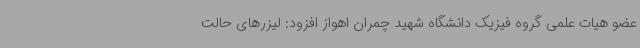
عضو هیات علمی گروه فیزیک دانشگاه شهید چمران اهواز افزود: لیزرهای حالت